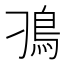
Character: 𩾗